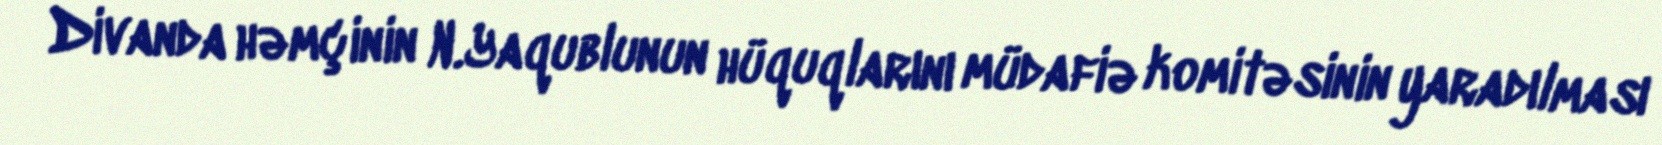
Divanda həmçinin N.Yaqublunun hüquqlarını müdafiə komitəsinin yaradılması